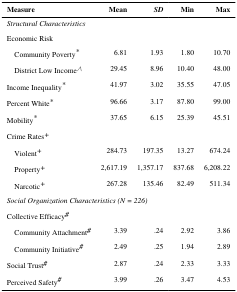
<table><thead><tr><td><b>Measure</b></td><td><b>Mean</b></td><td><b><i>SD</i></b></td><td><b>Min</b></td><td><b>Max</b></td></tr></thead><tbody><tr><td colspan="5"><i>Structural Characteristics</i></td></tr><tr><td>Economic Risk</td><td></td><td></td><td></td><td></td></tr><tr><td> Community Poverty*</td><td>6.81</td><td>1.93</td><td>1.80</td><td>10.70</td></tr><tr><td> District Low Income∧</td><td>29.45</td><td>8.96</td><td>10.40</td><td>48.00</td></tr><tr><td>Income Inequality*</td><td>41.97</td><td>3.02</td><td>35.55</td><td>47.05</td></tr><tr><td>Percent White*</td><td>96.66</td><td>3.17</td><td>87.80</td><td>99.00</td></tr><tr><td>Mobility*</td><td>37.65</td><td>6.15</td><td>25.39</td><td>45.51</td></tr><tr><td>Crime Rates+</td><td></td><td></td><td></td><td></td></tr><tr><td> Violent+</td><td>284.73</td><td>197.35</td><td>13.27</td><td>674.24</td></tr><tr><td> Property+</td><td>2,617.19</td><td>1,357.17</td><td>837.68</td><td>6,208.22</td></tr><tr><td> Narcotic+</td><td>267.28</td><td>135.46</td><td>82.49</td><td>511.34</td></tr><tr><td colspan="5"><i>Social Organization Characteristics (N = 226)</i></td></tr><tr><td>Collective Efficacy#</td><td></td><td></td><td></td><td></td></tr><tr><td> Community Attachment#</td><td>3.39</td><td>.24</td><td>2.92</td><td>3.86</td></tr><tr><td> Community Initiative#</td><td>2.49</td><td>.25</td><td>1.94</td><td>2.89</td></tr><tr><td>Social Trust#</td><td>2.87</td><td>.24</td><td>2.33</td><td>3.33</td></tr><tr><td>Perceived Safety#</td><td>3.99</td><td>.26</td><td>3.47</td><td>4.53</td></tr></tbody></table>